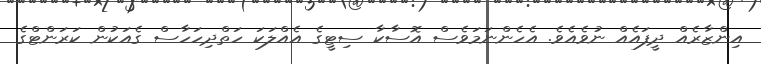
އިންޒާރެއް ދީފައެއް ނުވެއެވެ. އެހެންނަމަވެސް އޮސާކާ ސިޓީގެ އެއްލަކަ ހަތްދިހަހާސް ގެއަކުން ކަރަންޓްގެ